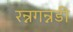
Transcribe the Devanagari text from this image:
रन्नगन्नडी